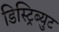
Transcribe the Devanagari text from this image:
डिस्ट्रिब्युट